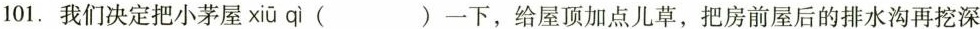
101.我们决定把小茅屋xiū qī ( )一下，给屋顶加点儿草，把房前屋后的排水沟再挖深